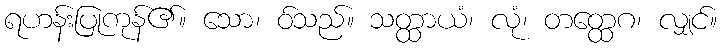
ရဟန်းပြုကုန်၏။ သော၊ ဝ်သည်။ သတ္ထာယံ၊ လုံ၊ တတ္ထေဂ၊ လျှင်။